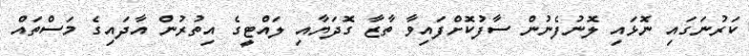
ކަރުނަގައި ނޮޅައި ލޮނުފެނުން ސާފުކޮށްފައިވާ ތާޒާ ގޮދަޔާއި ލައްޓީގެ އިތުރުން އާދައިގެ މަސްތައް